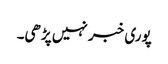
پوری خبر نہیں پڑھی۔